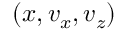
( x , v _ { x } , v _ { z } )